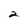
Character: 2